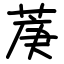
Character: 菮